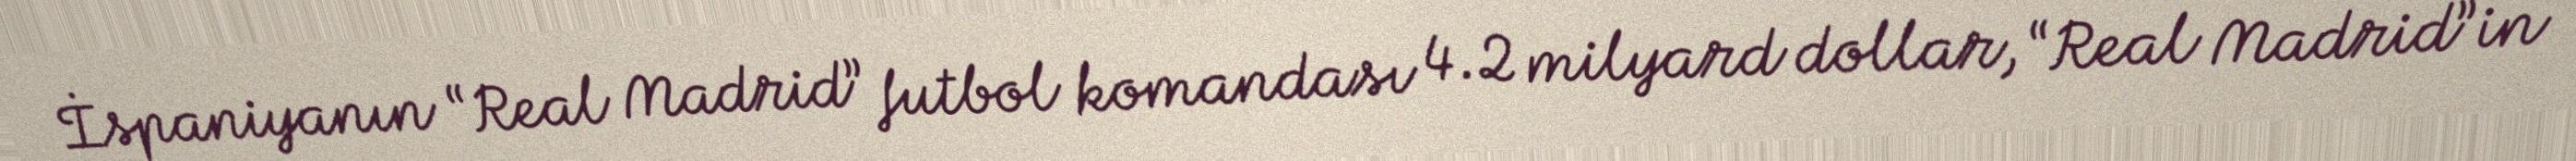
İspaniyanın “Real Madrid” futbol komandası 4.2 milyard dollar, “Real Madrid”in